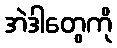
အဲဒါတွေကို